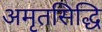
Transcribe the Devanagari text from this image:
अमृतसिद्धि